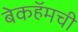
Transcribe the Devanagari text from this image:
बेकहॅमची